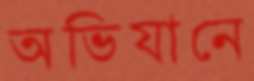
অভিযানে